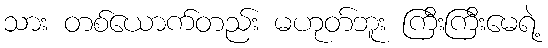
သား တစ်ယောက်တည်း မဟုတ်ဘူး ကြီးကြီးမေရဲ့